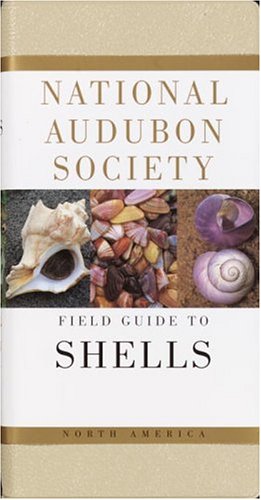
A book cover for National Audubon Society Field Guide to North American Seashells (National Audubon Society Field Guides); NATIONAL AUDUBON SOCIETY; Science & Math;